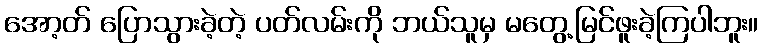
အော့တ် ပြောသွားခဲ့တဲ့ ပတ်လမ်းကို ဘယ်သူမှ မတွေ့မြင်ဖူးခဲ့ကြပါဘူး။